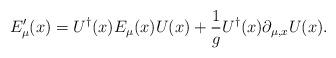
LaTeX: \begin{align*}E_{\mu}'(x) =U^{\dag}(x) E_{\mu}(x)U(x) +\frac{1}{g}U^{\dag}(x)\partial_{\mu,x}U(x). \end{align*}